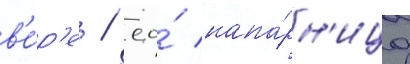
в'е́р'е / ео́ напа́рн'ица